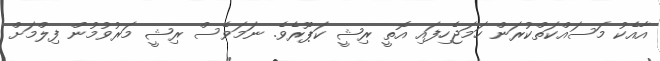
އާއެކު މަސައްކަތްކުރަން ހަމަޖެހިފައި އޮތީ ރިޝީ ކަޕޫރެވެ. ނަމަވެސް ރިޝީ މަރުވުމުން ފިލްމަށް